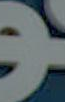
*